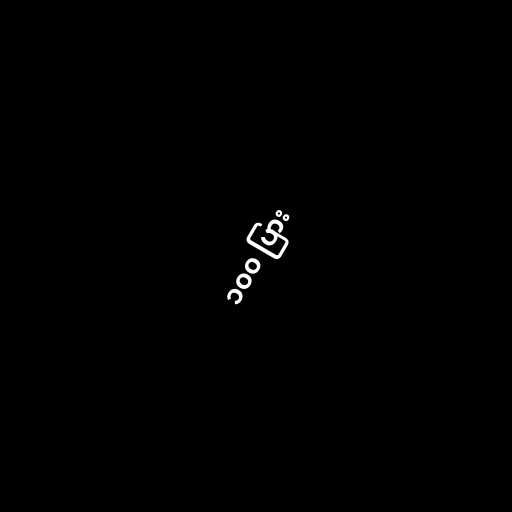
၁၀၀ ပြား